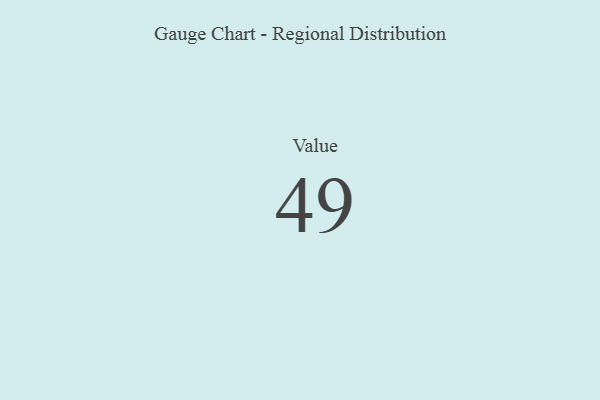
{"axis": {"x": "Metric", "y": "Value"}, "legend": [""], "data": [{"x": "Value", "y": 49, "type": ""}]}